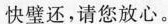
快璧还，请您放心。